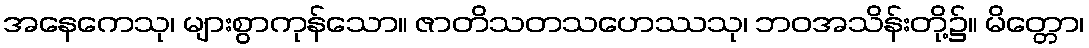
အနေကေသု၊ များစွာကုန်သော။ ဇာတိသတသဟေဿသု၊ ဘဝအသိန်းတို့၌။ မိတ္တော၊